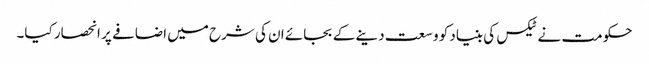
حکومت نے ٹیکس کی بنیاد کو وسعت دینے کے بجائے ان کی شرح میں اضافے پر انحصار کیا۔